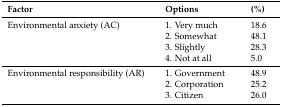
| Factor | Options | (%) |
 | --- | --- | --- |
 | Environmental anxiety (AC) | 1. Very much | 18.6 |
 |  | 2. Somewhat | 48.1 |
 |  | 3. Slightly | 28.3 |
 |  | 4. Not at all | 5.0 |
 | Environmental responsibility (AR) | 1. Government | 48.9 |
 |  | 2. Corporation | 25.2 |
 |  | 3. Citizen | 26.0 |